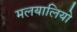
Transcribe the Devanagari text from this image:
मलयालियो